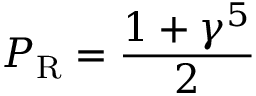
P _ { \mathrm { { R } } } = { \frac { 1 + \gamma ^ { 5 } } { 2 } }